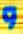
و